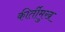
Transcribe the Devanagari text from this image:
कीर्तीमुख